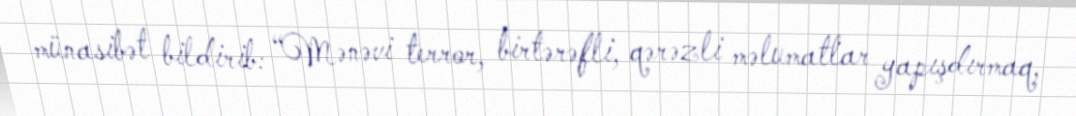
münasibət bildirib: “Mənəvi terror, birtərəfli, qərəzli məlumatlar yapışdırmaq,